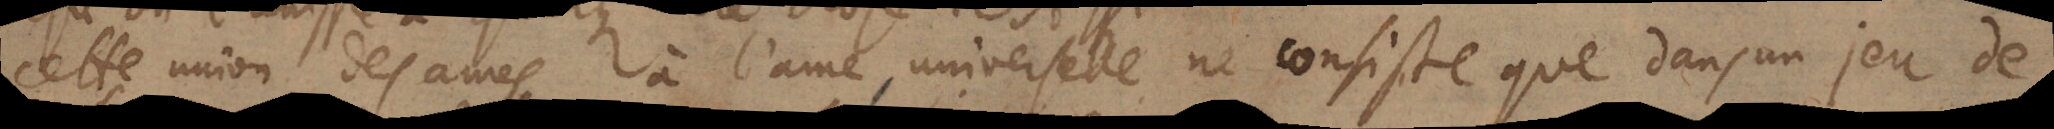
cette union des ames à l’ame universelle ne consiste que dans un jeu d